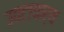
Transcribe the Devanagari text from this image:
उवटाचार्य